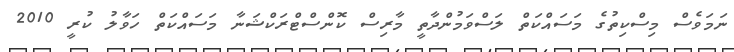
ނަމަވެސް މިސްކިތުގެ މަސައްކަތް ލަސްވަމުންދާތީ މާރިސް ކޮންސްޓްރަކްޝަނާ މަސައްކަތް ހަވާލު ކުރީ 2010